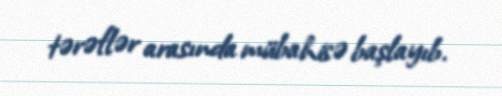
tərəflər arasında mübahisə başlayıb.